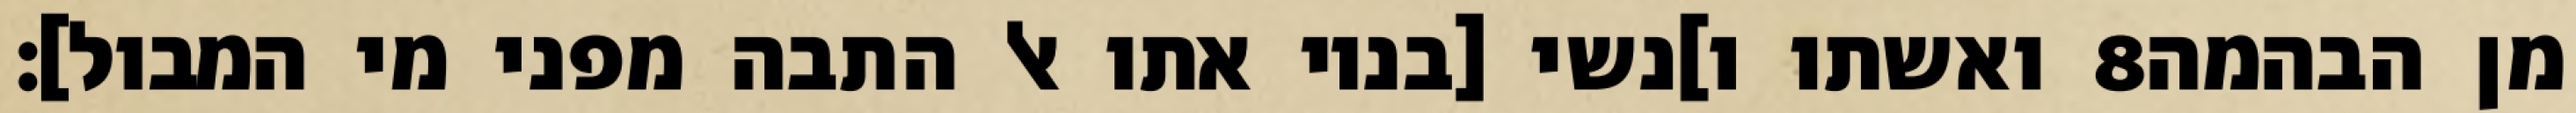
ואשתו ו]נשי [בניו אתו אל התבה מפני מי המבול]׃ ‎8‏ מן הבהמה